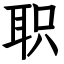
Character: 职